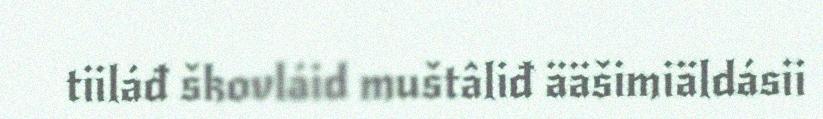
tiiláđ škovláid muštâliđ ääšimiäldásii